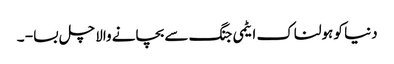
دنیا کو ہولناک ایٹمی جنگ سے بچانے والا چل بسا - ۔